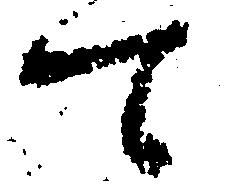
て